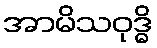
အာမိသဝုဒ္ဓိ